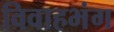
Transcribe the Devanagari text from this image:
विवाहभंग